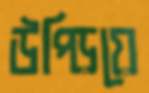
উপ্‌ড়িয়ে